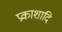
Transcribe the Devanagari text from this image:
प्रकाशादि